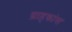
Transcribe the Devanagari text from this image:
ग्राहकांस